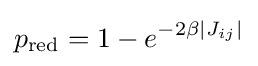
p_{\text{red}}=1-e^{-2\beta |J_{ij}|}